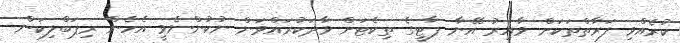
ކުރެއްވި ފަރާތްތަކަށް ވާއިރު އޭނާ ޕާޓީގެ ތިކެޓަށް ވާދަކުރައްވަން ނުކުންނެވީ އެހެން ރިޕަބްލިކަން